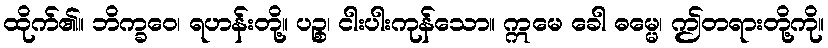
ထိုက်၏။ ဘိက္ခဝေ၊ ရဟန်းတို့။ ပဉ္စ၊ ငါးပါးကုန်သော။ ဣမေ ခေါ ဓမ္မေ၊ ဤတရားတို့ကို။